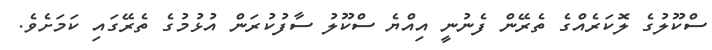
ސްކޫލުގެ ލޮކަރެއްގެ ތެރޭން ފެނުނީ އިއްޔެ ސްކޫލު ސާފުކުރަން އުޅުމުގެ ތެރޭގައި ކަމަށެވެ.